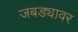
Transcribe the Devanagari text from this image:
जबड्यावर